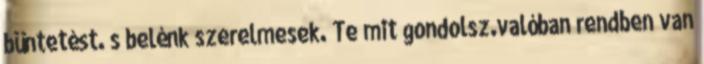
büntetést. s belénk szerelmesek. Te mit gondolsz.valóban rendben van